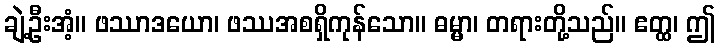
ချဲ့ဦးအံ့။ ဖဿာဒယော၊ ဖဿအစရှိကုန်သော။ ဓမ္မာ၊ တရားတို့သည်။ ဧတ္ထ၊ ဤ